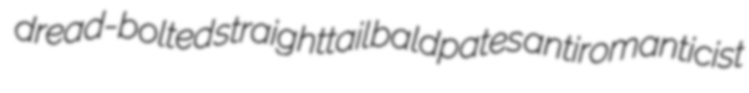
dread-bolted straighttail baldpates antiromanticist